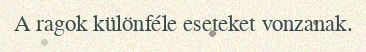
A ragok különféle eseteket vonzanak.